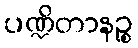
ပဏ္ဍိတာနဉ္စ